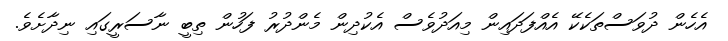
އެހެން ދުވަސްތަކެކޭ އެއްފަދައިން މިއަދުވެސް އެކުދިން މެންދުރު ފަހުން ތިބީ ނާސަރީގައި ނިދާށެވެ.